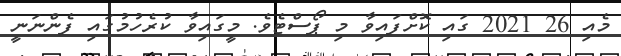
މެއި 26 2021 ގައި ކޮށްފައިވާ މި ޕޯސްޓެވެ. މީގައިވާ ކުރެހުމުގައި ފެންނަނީ